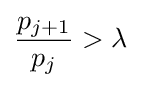
{\frac {p_{j+1}}{p_{j}}}>\lambda